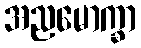
အညမောက္ခာ